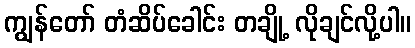
ကျွန်တော် တံဆိပ်ခေါင်း တချို့ လိုချင်လို့ပါ။